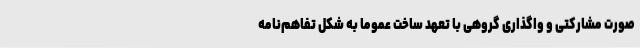
صورت مشارکتی و واگذاری گروهی با تعهد ساخت عموما به شکل تفاهم‌نامه